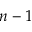
n - 1